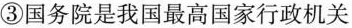
③国务院是我国最高国家行政机关